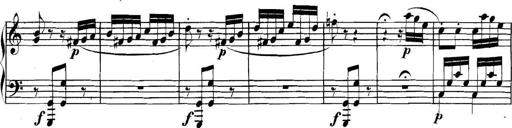
Title: Collected Piano Sonatas
Composer: Muzio Clementi